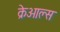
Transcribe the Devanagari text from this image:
क्रेओल्स